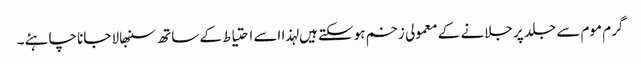
گرم موم سے جلد پر جلانے کے معمولی زخم ہوسکتے ہیں لہذا اسے احتیاط کے ساتھ سنبھالا جانا چاہئے۔